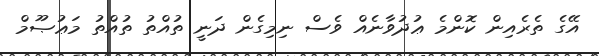
އޭގެ ތެރެއިން ކޮންމެ ޢުދުވާނެއް ވެސް ނިމިގެން ދަނީ ތުއްތު ތުއްތު މަޢުޞޫމް